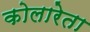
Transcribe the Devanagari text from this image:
कोलारेता